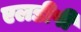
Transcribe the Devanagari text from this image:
एलडीपी